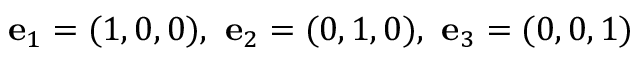
{ \mathbf { e } } _ { 1 } = ( 1 , 0 , 0 ) , \ { \mathbf { e } } _ { 2 } = ( 0 , 1 , 0 ) , \ { \mathbf { e } } _ { 3 } = ( 0 , 0 , 1 )